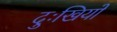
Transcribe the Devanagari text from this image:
दुःखियों